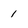
Character: 1